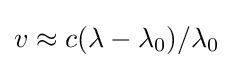
v\approx c(\lambda -\lambda _{0})/\lambda _{0}